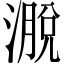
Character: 𪷄